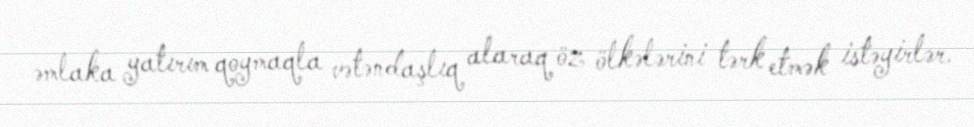
əmlaka yatırım qoymaqla vətəndaşlıq alaraq öz ölkələrini tərk etmək istəyirlər.